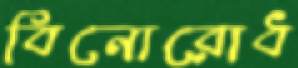
বিনোরোধ